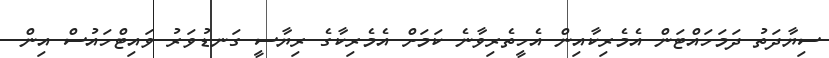
ސިޔާދަތު ދަމަހައްޓަން އެމެރިކާއިން އެހީތެރިވާނެ ކަމަށް އެެމެރިކާގެ ރިޔާސީ ގަނޑުވަރު ވައިޓްހައުސް އިން